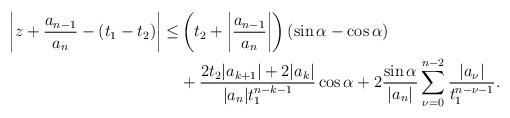
LaTeX: \begin{align*}\left|z+\dfrac{a_{n-1}}{a_n}-(t_1-t_2)\right|\leq&\left(t_2+\left|\dfrac{a_{n-1}}{a_n}\right|\right)(\sin\alpha-\cos\alpha)\\&+\dfrac{2t_2|a_{k+1}|+2|a_k|}{|a_n|t_1^{n-k-1}}\cos\alpha+2\dfrac{\sin\alpha}{|a_n|}\sum\limits_{\nu=0}^{n-2}\dfrac{|a_{\nu}|}{t_1^{n-\nu-1}}.\end{align*}